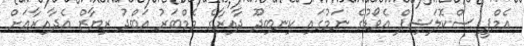
އެމްޕީ ސްކޮލަޝިޕް އެވޯޑުގެ ނަމުގައި ކިނބިދޫ ދާއިރާގެ މެމްބަރު އަބްދު ރިޔާޒް އެދާއިރާއަށް